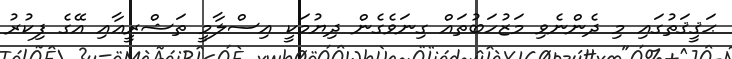
ޙަޤީޤަތުގައި މި ދެންނެވި މަޒުހަބުތައް ގިނަވެގެން ދިޔުމަކީ އިސްލާމީ ތަޝްރީޢާއި އޭގެ ފިކުރު